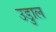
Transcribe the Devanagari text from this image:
उडुाल